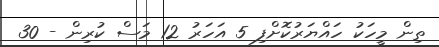
ތިން މީހަކު ހައްޔަރުކޮށްފި 5 އަހަރު 12 މަސް ކުރިން - 30